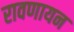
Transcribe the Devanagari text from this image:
रावणायन